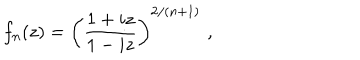
f _ { n } ( z ) = \left( \frac { 1 + i z } { 1 - i z } \right) ^ { 2 / \left( n + 1 \right) } \, \, ,